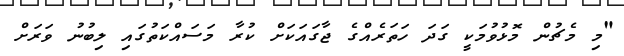
"މި މެޗުން މޮޅުވުމަކީ ގަދަ ހަތަރެއްގެ ޖާގައަކަށް ކުރާ މަސައްކަތުގައި ލިބުނު ވަރަށް